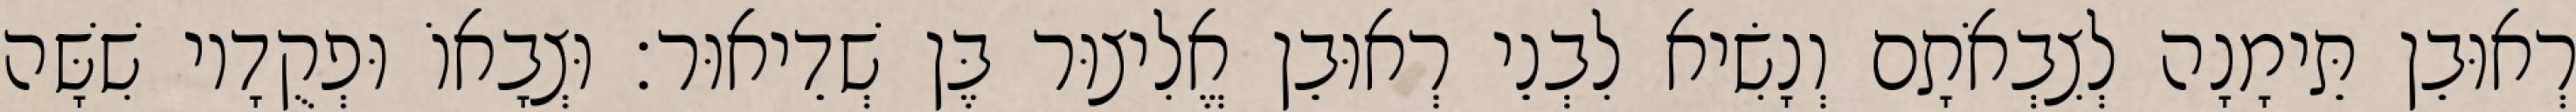
רְאוּבֵן תֵּימָנָה לְצִבְאֹתָם וְנָשִׂיא לִבְנֵי רְאוּבֵן אֱלִיצוּר בֶּן שְׁדֵיאוּר׃ וּצְבָאוֹ וּפְקֻדָיו שִׁשָּׁה